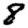
Digit: 8